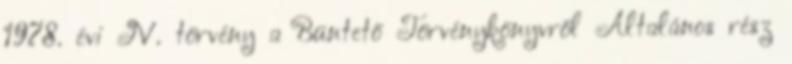
1978. évi IV. törvény a Büntető Törvénykönyvről Általános rész